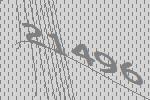
21496